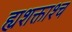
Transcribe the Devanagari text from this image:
ह्यशक्ताश्च